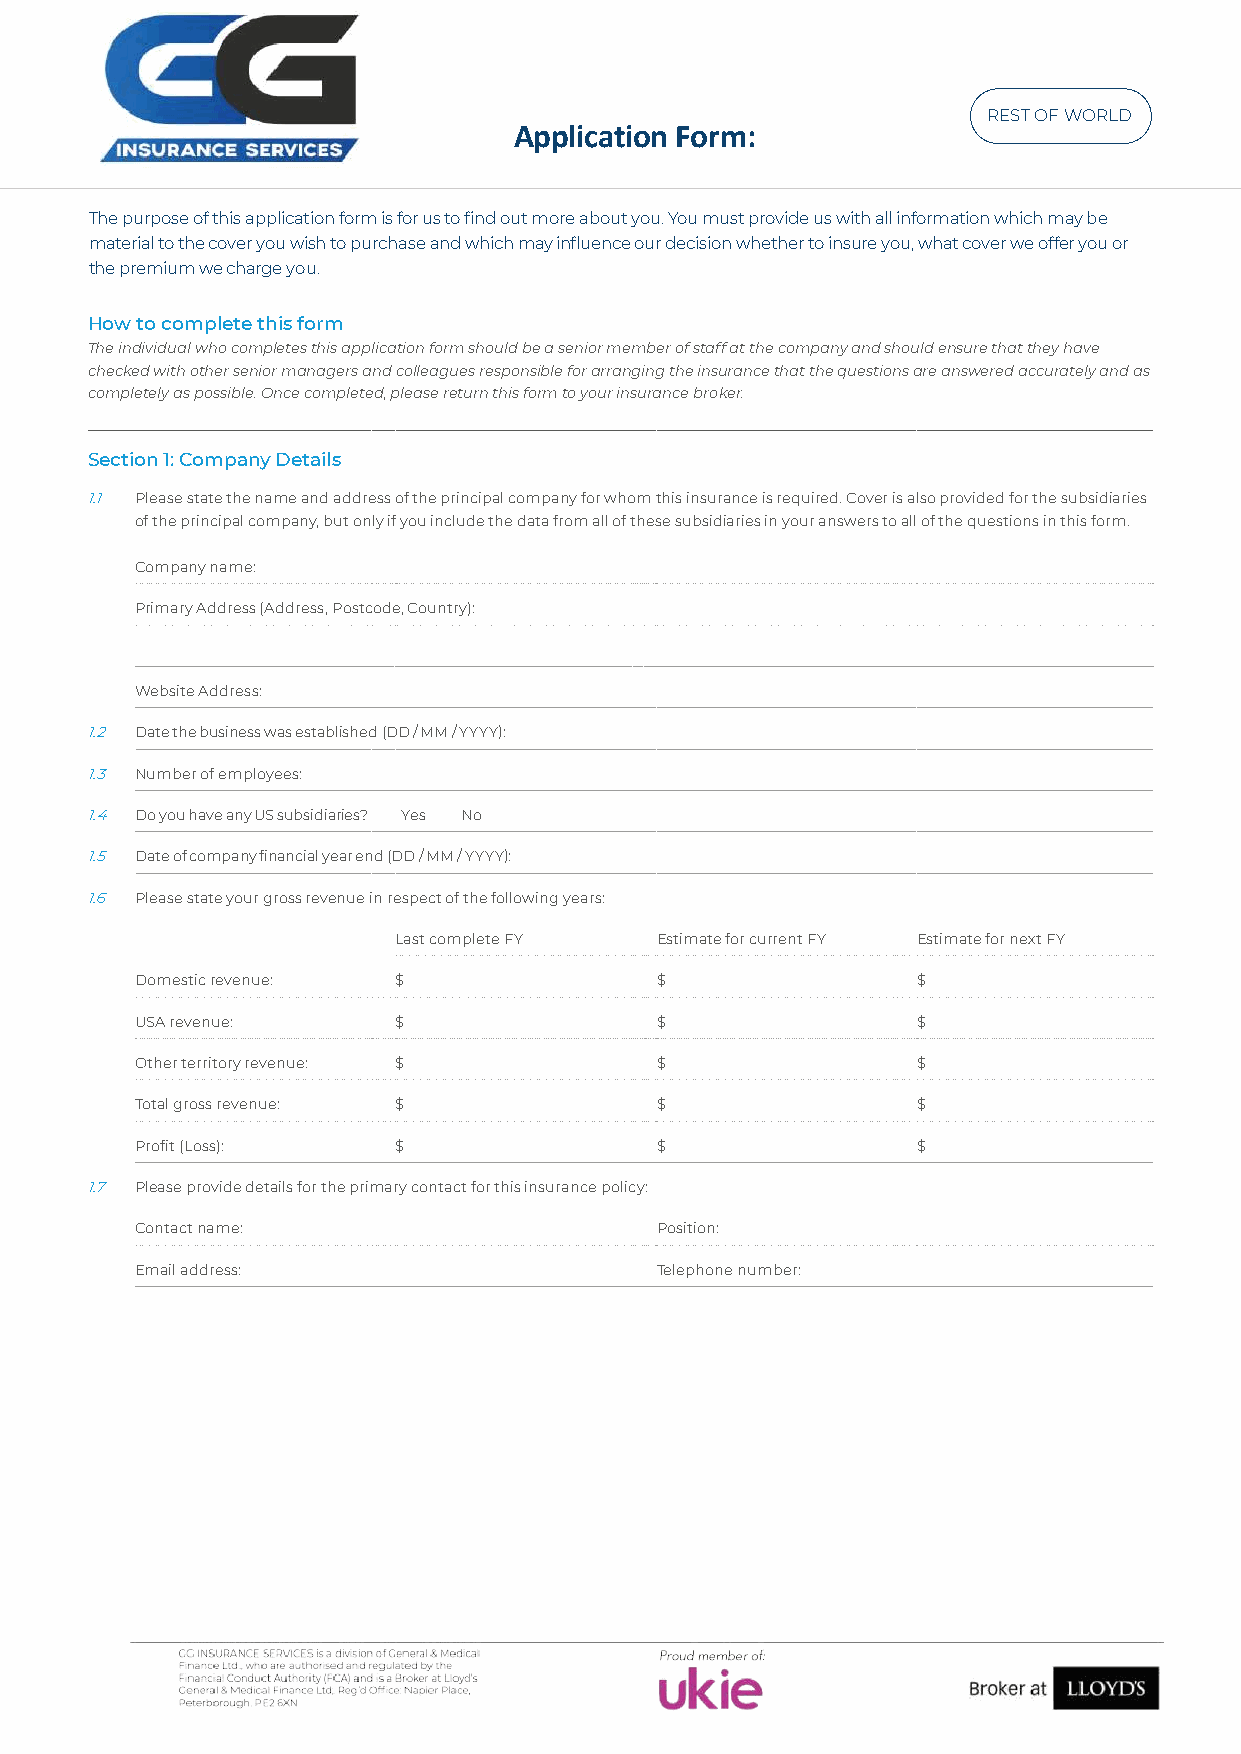
REST OF WORLD
 Application Form:
 The purpose of this application form is for us to find out more about you. You must provide us with all information which may be
 material to the cover you wish to purchase and which may influence our decision whether to insure you, what cover we offer you or
 the premium we charge you.
 How to complete this form
 The individual who completes this application form should be a senior member of staff at the company and should ensure that they have
 checked with other senior managers and colleagues responsible for arranging the insurance that the questions are answered accurately and as
 completely as possible. Once completed, please return this form to your insurance broker.
 Section 1: Company Details
 1.1 Please state the name and address of the principal company for whom this insurance is required. Cover is also provided for the subsidiaries
 of the principal company, but only if you include the data from all of these subsidiaries in your answers to all of the questions in this form.
 Company name:
 Primary Address (Address, Postcode, Country):
 Website Address:
 1.2 Date the business was established (DD / MM / YYYY):
 1.3 Number of employees:
 1.4 Do you have any US subsidiaries? Yes No
 1.5 Date of company financial year end (DD / MM / YYYY):
 1.6 Please state your gross revenue in respect of the following years:
 Last complete FY Estimate for current FY Estimate for next FY
 Domestic revenue: $               $                 $
 USA revenue:     $                $                 $
 Other territory revenue: $        $                 $
 Total gross revenue: $            $                 $
 Profit (Loss):   $                $                 $
 1.7 Please provide details for the primary contact for this insurance policy:
 Contact name:                     Position:
 Email address:                    Telephone number: